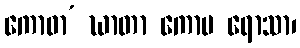
ကောဓာ’ ဃာတာ ကောပ ရောသာ၊